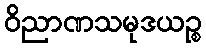
ဝိညာဏသမုဒယဉ္စ